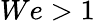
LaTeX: We>1